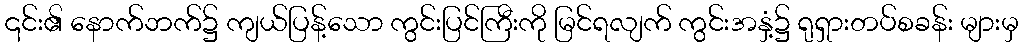
၎င်း၏ နောက်ဘက်၌ ကျယ်ပြန့်သော ကွင်းပြင်ကြီးကို မြင်ရလျက် ကွင်းအနှံ့၌ ရုရှားတပ်စခန်း များမှ